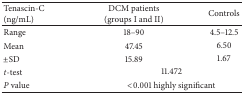
<table><thead><tr><td><b>Tenascin-C (ng/mL)</b></td><td><b>DCM patients (groups I and II)</b></td><td><b>Controls</b></td></tr></thead><tbody><tr><td>Range</td><td>18–90</td><td>4.5–12.5</td></tr><tr><td>Mean</td><td>47.45</td><td>6.50</td></tr><tr><td>±SD</td><td>15.89</td><td>1.67</td></tr><tr><td><i>t</i>-test</td><td colspan="2">11.472</td></tr><tr><td><i>P</i> value</td><td colspan="2">&lt;0.001 highly significant</td></tr></tbody></table>